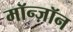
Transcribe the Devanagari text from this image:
मॉन्ज़ॉन